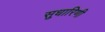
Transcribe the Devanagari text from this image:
सुधारिणी